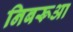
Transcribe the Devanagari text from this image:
निबरूआ